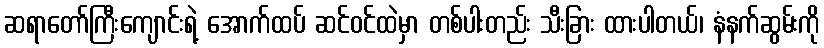
ဆရာတော်ကြီးကျောင်းရဲ့ အောက်ထပ် ဆင်ဝင်ထဲမှာ တစ်ပါးတည်း သီးခြား ထားပါတယ်၊ နံနက်ဆွမ်းကို